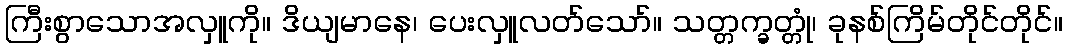
ကြီးစွာသောအလှူကို။ ဒိယျမာနေ၊ ပေးလှူလတ်သော်။ သတ္တက္ခတ္တုံ၊ ခုနစ်ကြိမ်တိုင်တိုင်။